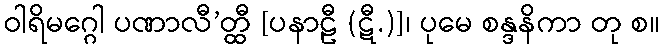
ဝါရိမဂ္ဂေါ ပဏာလီ’တ္ထီ [ပနာဠီ (ဋီ.)]၊ ပုမေ စန္ဒနိကာ တု စ။